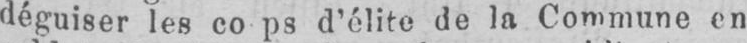
d’élite de la Commune en